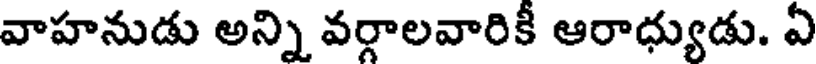
వాహనుడు అన్ని వర్గాలవారికీ ఆరాధ్యుడు. ఏ